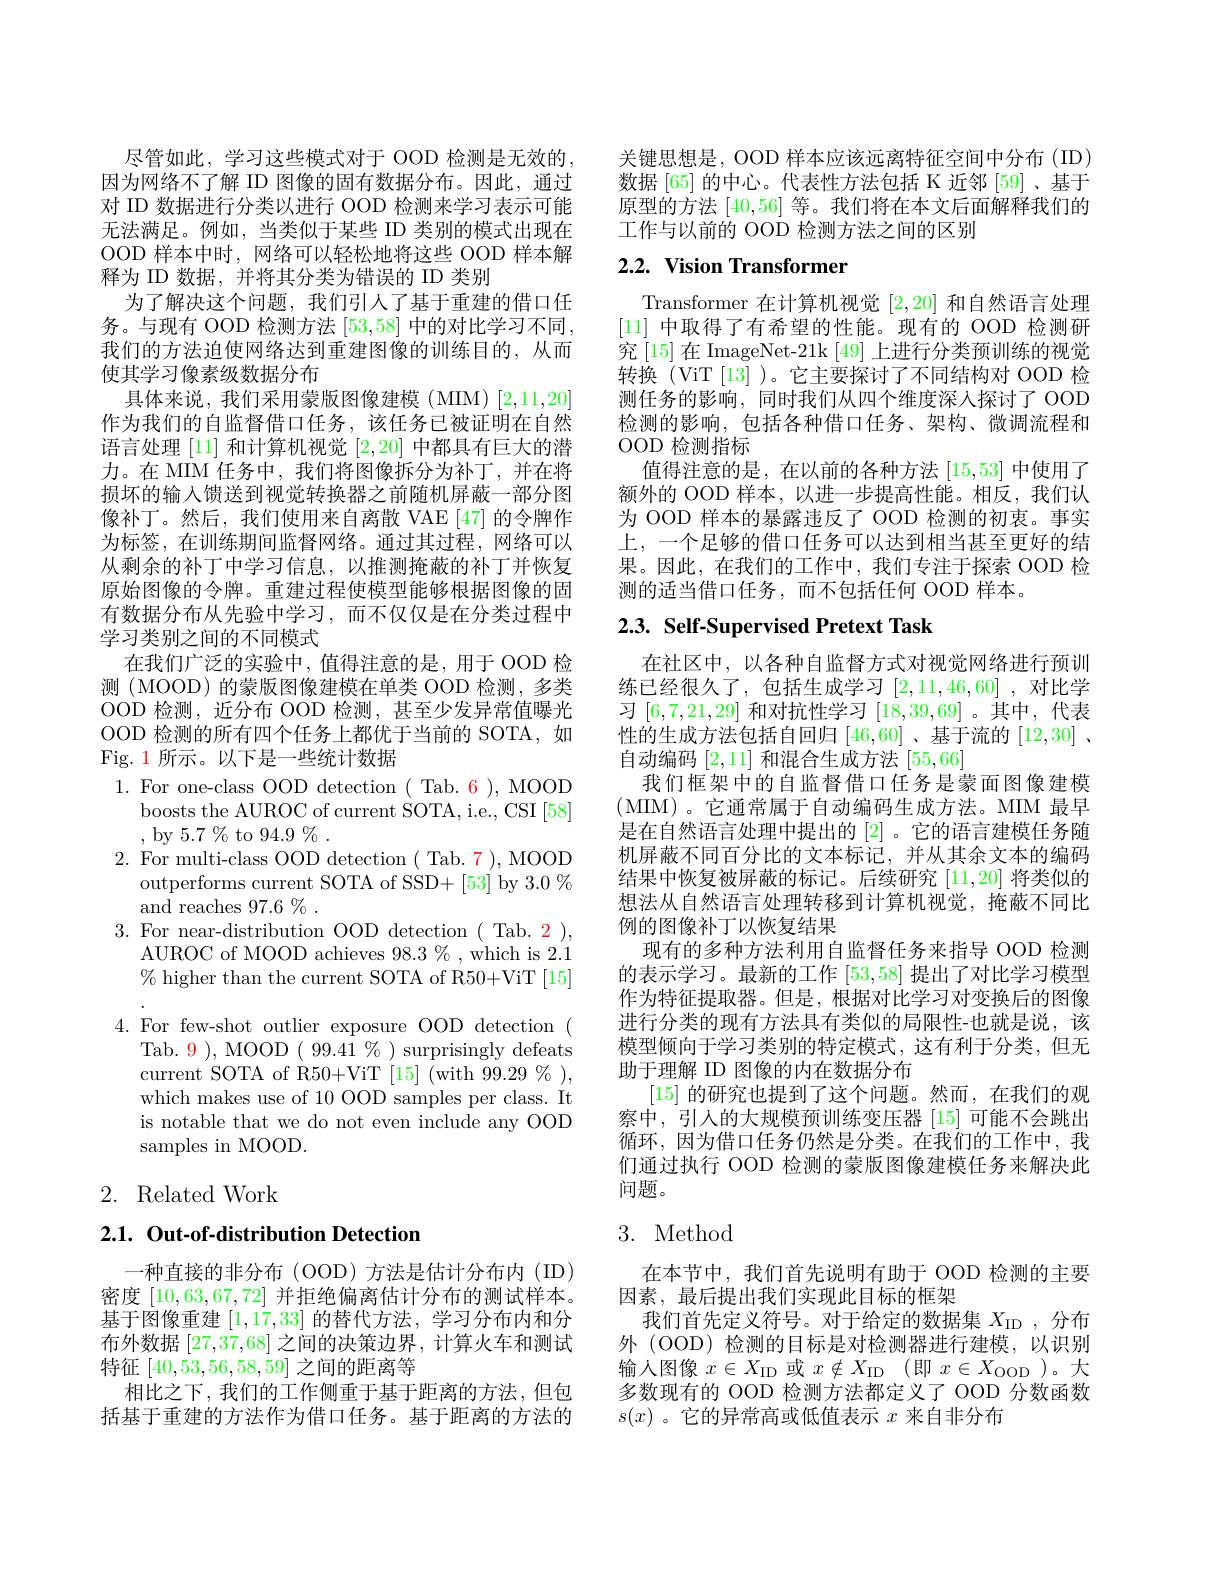
尽管如此，学习这些模式对于 OOD 检测是无效的因为网络不了解 ID 图像的固有数据分布。因此，通过对 ID 数据进行分类以进行 OOD 检测来学习表示可能无法满足。例如，当类似于某些 ID 类别的模式出现在OOD 样本中时，网络可以轻松地将这些 OOD 样本解释为 ID 数据，并将其分类为错误的 ID 类别
为了解决这个问题，我们引人了基于重建的借口任务。与现有 OOD 检测方法 [53,58] 中的对比学习不同， 我们的方法迫使网络达到重建图像的训练目的，从而使其学习像素级数据分布
具体来说，我们采用蒙版图像建模(MIM)[2,11,20] 作为我们的自监督借口任务，该任务已被证明在自然语言处理[11]和计算机视觉[2,20]中都具有巨大的潜力。在 MIM 任务中，我们将图像拆分为补丁，并在将损坏的输入馈送到视觉转换器之前随机屏蔽一部分图像补丁。然后，我们使用来自离散 VAE [47] 的令牌作为标签，在训练期间监督网络。通过其过程，网络可以从剩余的补丁中学习信息，以推测掩蔽的补丁并恢复原始图像的令牌。重建过程使模型能够根据图像的固有数据分布从先验中学习，而不仅仅是在分类过程中学习类别之间的不同模式
在我们广泛的实验中，值得注意的是，用于 OOD 检测 (MOOD) 的蒙版图像建模在单类 OOD 检测，多类OOD 检测，近分布 OOD 检测，甚至少发异常值曝光OOD 检测的所有四个任务上都优于当前的 SOTA, 如Fig. 1 所示。以下是一些统计数据
1. For one-class OOD detection ( Tab. 6 ), MOOD
boosts the AUROC of current SOTA, i.e., CSI [58]
, by 5.7 % to 94.9%.
2. For multi-class OOD detection ( Tab. 7 ), MOOD
outperforms current SOTA of SSD+ [53] by 3.0 %
and reaches $97.6\%.$
3. For near-distribution OOD detection( Tab. 2 ),
AUROC of MOOD achieves $98.3\%$,which is 2.1 $\%$ higher than the current SOTA of R50+ViT [15]
4. For few-shot outlier exposure OOD detection (
Tab. $\color{red}{9})$, MOOD $(99.41\%)$ surprisingly defeats current SOTA of R50+ViT [15] (with 99.29%), which makes use of 10 OOD samples per class. It is notable that we do not even include any OOD samples in MOOD.

## 2. Related Work

### $2. 1. \textbf{ Out- of- distribution Detection}$

一种直接的非分布(OOD)方法是估计分布内(ID) 密度[10,63,67,72]并拒绝偏离估计分布的测试样本。基于图像重建[1,17,33]的替代方法，学习分布内和分布外数据[27,37,68]之间的决策边界，计算火车和测试特征[40,53,56,58,59]之间的距离等
相比之下，我们的工作侧重于基于距离的方法，但包括基于重建的方法作为借口任务。基于距离的方法的

关键思想是，OOD 样本应该远离特征空间中分布(ID) 数据 [65] 的中心。代表性方法包括 K 近邻 [59]、基于原型的方法[40,56]等。我们将在本文后面解释我们的工作与以前的 OOD 检测方法之间的区别

## 2.2. Vision Transformer

Transformer 在计算机视觉[2,20]和自然语言处理[11]中取得了有希望的性能。现有的 OOD 检测研究 [15] 在 ImageNet-21k [49] 上进行分类预训练的视觉转换(ViT[13])。它主要探讨了不同结构对 OOD 检测任务的影响，同时我们从四个维度深人探讨了 OOD 检测的影响，包括各种借口任务、架构、微调流程和OOD 检测指标
值得注意的是，在以前的各种方法[15,53]中使用了额外的 OOD 样本，以进一步提高性能。相反，我们认为 OOD 样本的暴露违反了 OOD 检测的初衷。事实上，一个足够的借口任务可以达到相当甚至更好的结果。因此，在我们的工作中，我们专注于探索 OOD 检测的适当借口任务，而不包括任何 OOD 样本。

# $2. 3. \textbf{ Self- Supervised Pretext Task}$

在社区中，以各种自监督方式对视觉网络进行预训练已经很久了，包括生成学习[2,11,46,60] ,对比学习[6,7,21,29]和对抗性学习[18,39,69] 。其中，代表性的生成方法包括自回归[46,60] 、基于流的[12,30] 、 自动编码[2,11]和混合生成方法[55,66]
我们框架中的自监督借口任务是蒙面图像建模(MIM)。它通常属于自动编码生成方法。MIM 最早是在自然语言处理中提出的[2]。它的语言建模任务随机屏蔽不同百分比的文本标记，并从其余文本的编码结果中恢复被屏蔽的标记。后续研究[11,20]将类似的想法从自然语言处理转移到计算机视觉，掩蔽不同比例的图像补丁以恢复结果
现有的多种方法利用自监督任务来指导 OOD 检测的表示学习。最新的工作[53,58]提出了对比学习模型作为特征提取器。但是，根据对比学习对变换后的图像进行分类的现有方法具有类似的局限性-也就是说，该模型倾向于学习类别的特定模式，这有利于分类，但无助于理解 ID 图像的内在数据分布
[15]的研究也提到了这个问题。然而，在我们的观察中，引人的大规模预训练变压器[15]可能不会跳出循环，因为借口任务仍然是分类。在我们的工作中，我们通过执行 OOD 检测的蒙版图像建模任务来解决此问题。

### 3. Method

在本节中，我们首先说明有助于 OOD 检测的主要
因素，最后提出我们实现此目标的框架
我们首先定义符号。对于给定的数据集$X_\mathrm{ID}$ ,分布外 (OOD) 检测的目标是对检测器进行建模，以识别输入图像$x\in X_\mathrm{ID}$或$x\notin X_\mathrm{ID}$ (即$x\in X_\mathrm{OOD}$ )。大多数现有的 OOD 检测方法都定义了 OOD 分数函数$s(x)$ 。它的异常高或低值表示$x$来自非分布